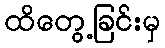
ထိတွေ့ခြင်းမှ